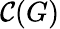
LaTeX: \mathcal{C}(G)